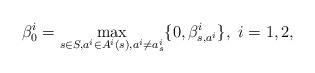
LaTeX: \begin{align*} \beta_0^i=\max_{s\in S,a^i\in A^i(s),a^i\neq a_s^i}\{0,\beta_{s,a^i}^i\}, \ i=1,2, \end{align*}